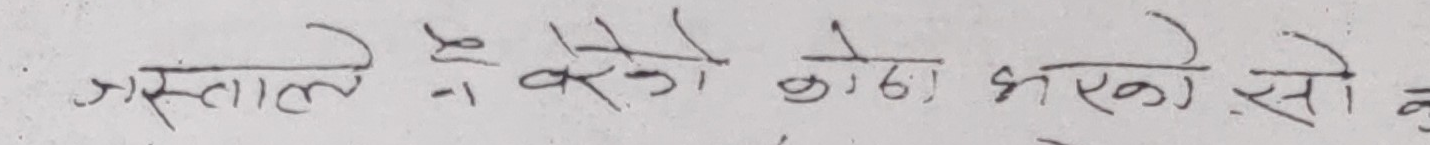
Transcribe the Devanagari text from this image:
जस्ताले हेरेको कोठा भएको हो सो.के